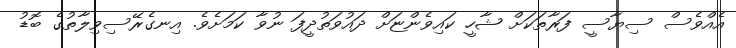
އެއްވެސް ސިޔާސީ ފަރާތަކަށް ޝާހީ ކައިވެންޏަށް ދައުވަތުދީފަ ނުވާ ކަމަށެވެ. އިނގެރޭސިވިލާތުގެ ބޮޑު